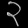
Digit: ၃